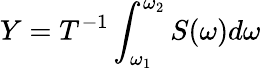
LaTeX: Y=T^{-1}\int_{\omega_{1}}^{\omega_{2}}S(\omega)d\omega